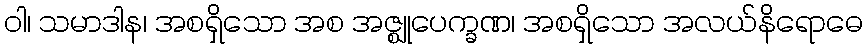
ဝါ၊ သမာဒါန၊ အစရှိသော အစ အဇ္ဈုပေက္ခဏ၊ အစရှိသော အလယ်နိရောဓေ